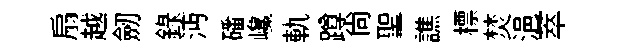
扇越劒録沔磻巉軌蹲尙聖譙標焚浥萃